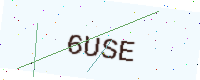
Text: 6USE